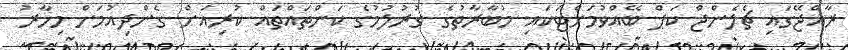
ރާއްޖޭގައި ޗެލެންޖް ކަޕް ބޭއްވުމަށްޓަކައި މުބާރާތުގެ ގުރުލުމުގެ ކަންތައްތައް ކުރިއަށް ގެންދިއުމަށް މިހާރު